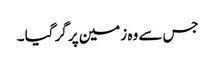
جس سے وہ زمین پر گر گیا ۔